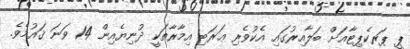
ޕީ ޕަރކެޕިޓާއަށް ބަލާއިރުގައި އެކުވެރި ޢަރަބި އިމާރާތަކީ ދުނިޔެއިން 14 ވަނަ ޤައުމެވެ.